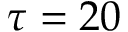
\tau = 2 0